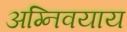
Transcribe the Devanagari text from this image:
अग्निवयाय